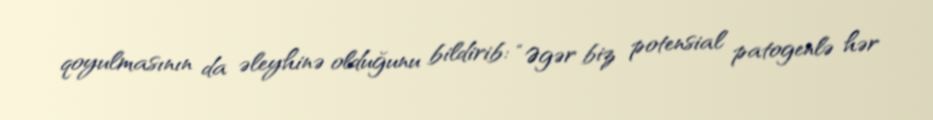
qoyulmasının da əleyhinə olduğunu bildirib: “Əgər biz potensial patogenlə hər